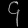
Digit: ၄